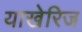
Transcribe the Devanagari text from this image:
याखेरिज